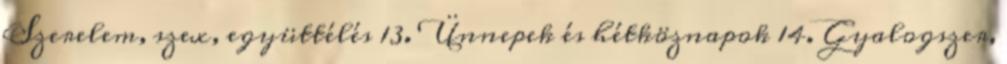
Szerelem, szex, együttélés 13. Ünnepek és hétköznapok 14. Gyalogszer,